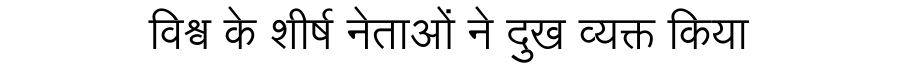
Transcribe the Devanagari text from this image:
विश्व के शीर्ष नेताओं ने दुख व्यक्त किया